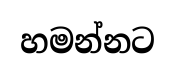
හමන්නට